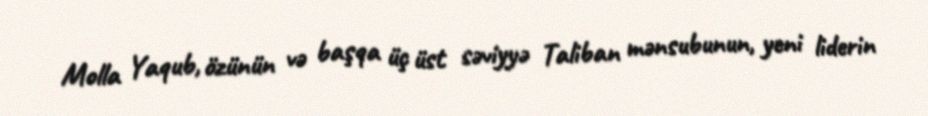
Molla Yaqub, özünün və başqa üç üst səviyyə Taliban mənsubunun, yeni liderin